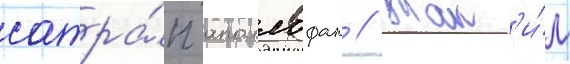
сатра́п аполлофан // Так'и́м